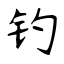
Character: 钓